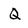
Character: Q